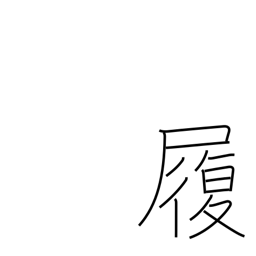
Meaning: boots